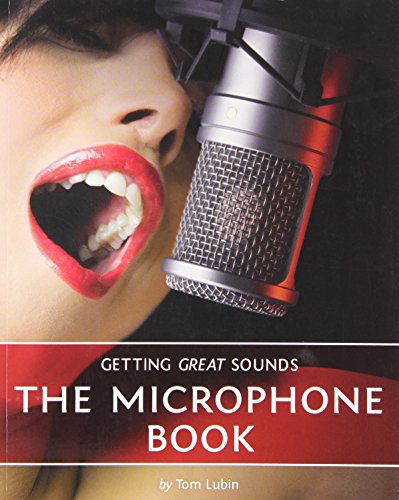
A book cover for Getting Great Sounds: The Microphone Book; Tom Lubin; Computers & Technology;